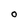
Character: O